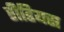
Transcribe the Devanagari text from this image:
रीडियस